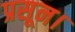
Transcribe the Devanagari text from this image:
प्रसून।